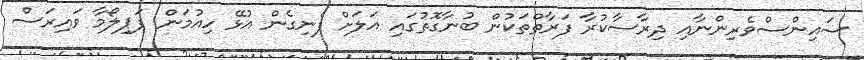
ސައިންސްވެރިންނާއި ދިރާސާކުރާ ފަރާތްތަކުން ބުނާގޮތުގައި އަލަށް ފެނިގެން އުޅޭ ހިއުމަން ޕަޕިލޯމާ ވައިރަސް